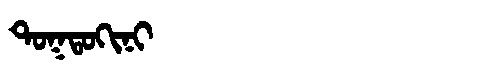
Manchu: ᡨᠣᡴᡨᠣᡴᡳᠨᡳ
Romanization: TOKTOKINI